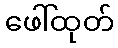
ဖေါ်ထုတ်